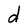
Character: d